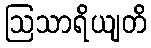
ဩသာရိယျတိ